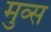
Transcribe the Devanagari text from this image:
मुव्स